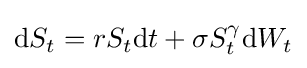
\mathrm {d} S_{t}=rS_{t}\mathrm {d} t+\sigma S_{t}^{\gamma }\mathrm {d} W_{t}